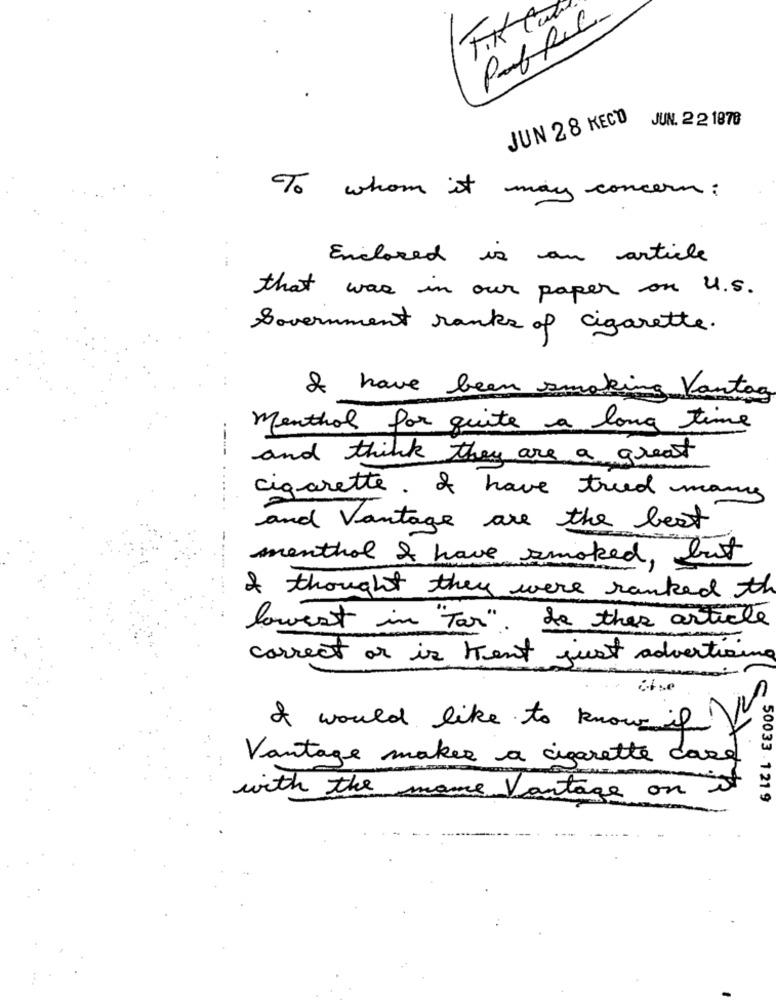
T.K.
JUN 28 KECO
JUN. 2 2 1878
To whom it
may concern :
Enclosed is an article
that was in our paper on U.s.
government ranks of cigarette.
I have been smoking Vantag
menthol for quite a long time
----
and think they are a great
cigarette. I have tried many
and Vantage are the best
menthol & have smoked, but
& thought they were ranked the
lowest in "Tar" .
be this article
correct or is tent just advertising
& would like to know if
Vantage makes a cigarette case
with the mame Vantage on
50033 - 1 219